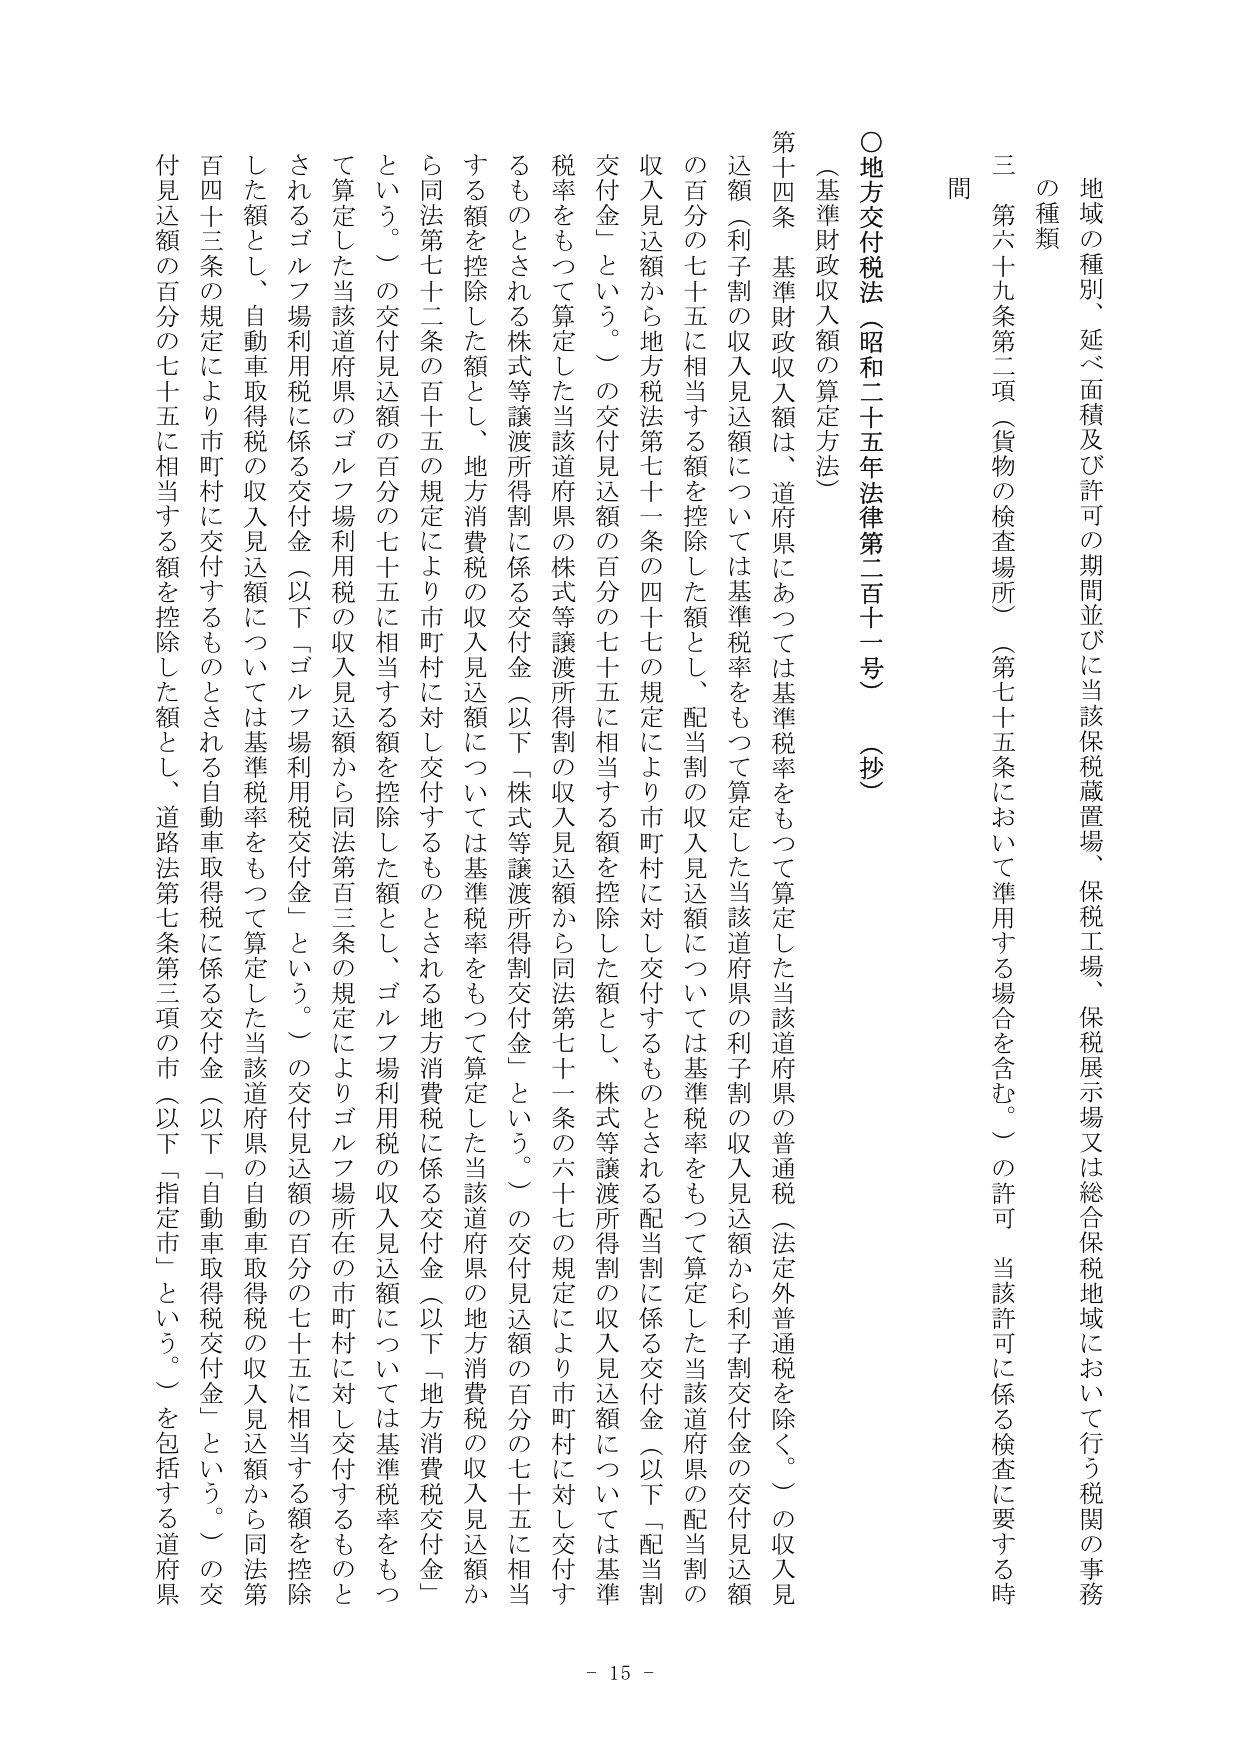
地域の種別、延べ面積及び許可の期間並びに当該保税蔵置場、保税工場、保税展示場又は総合保税地域において行う税関の事務の種類

三 第六十九条第二項（貨物の検査場所）（第七十五条において準用する場合を含む。）の許可 当該許可に係る検査に要する時

問

○地方交付税法（昭和二十五年法律第二百十一号）（抄）

（基準財政収入額の算定方法）

第十四条 基準財政収入額は、道府県にあっては基準税率をもつて算定した当該道府県の普通税（法定外普通税を除く。）の収入見込額（利子割の収入見込額については基準税率をもつて算定した当該道府県の利子割の収入見込額から利子割交付金の交付見込額の百分の七十五に相当する額を控除した額とし、配当割の収入見込額については基準税率をもつて算定した当該道府県の配当割の収入見込額から地方税法第七十一条の四十七の規定により市町村に対し交付するものとされる配当割に係る交付金（以下「配当割交付金」という。）の交付見込額の百分の七十五に相当する額を控除した額とし、株式等譲渡所得割の収入見込額については基準税率をもつて算定した当該道府県の株式等譲渡所得割の収入見込額から同法第七十一条の六十七の規定により市町村に対し交付するものとされる株式等譲渡所得割に係る交付金（以下「株式等譲渡所得割交付金」という。）の交付見込額の百分の七十五に相当する額を控除した額とし、地方消費税の収入見込額については基準税率をもつて算定した当該道府県の地方消費税の収入見込額から同法第七十二条の百十五の規定により市町村に対し交付するものとされる地方消費税に係る交付金（以下「地方消費税交付金」という。）の交付見込額の百分の七十五に相当する額を控除した額とし、ゴルフ場利用税の収入見込額については基準税率をもつて算定した当該道府県のゴルフ場利用税の収入見込額から同法第百三条の規定によりゴルフ場所在の市町村に対し交付するものとされるゴルフ場利用税に係る交付金（以下「ゴルフ場利用税交付金」という。）の交付見込額の百分の七十五に相当する額を控除した額とし、自動車取得税の収入見込額については基準税率をもつて算定した当該道府県の自動車取得税の収入見込額から同法第百四十三条の規定により市町村に交付するものとされる自動車取得税に係る交付金（以下「自動車取得税交付金」という。）の交付見込額の百分の七十五に相当する額を控除した額とし、道路法第七条第三項の市（以下「指定市」という。）を包括する道府県

- 15 -